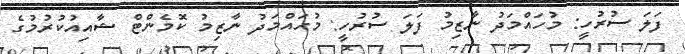
ފަލަ ސުރުހީ: މުހައްމަދު ނާޒިމު ފަލަ ސުރުހީ: މުހައްމަދު ނާޒިމު ކޮމެންޓް ޝާއިއުކުރުމުގެ